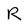
Character: R